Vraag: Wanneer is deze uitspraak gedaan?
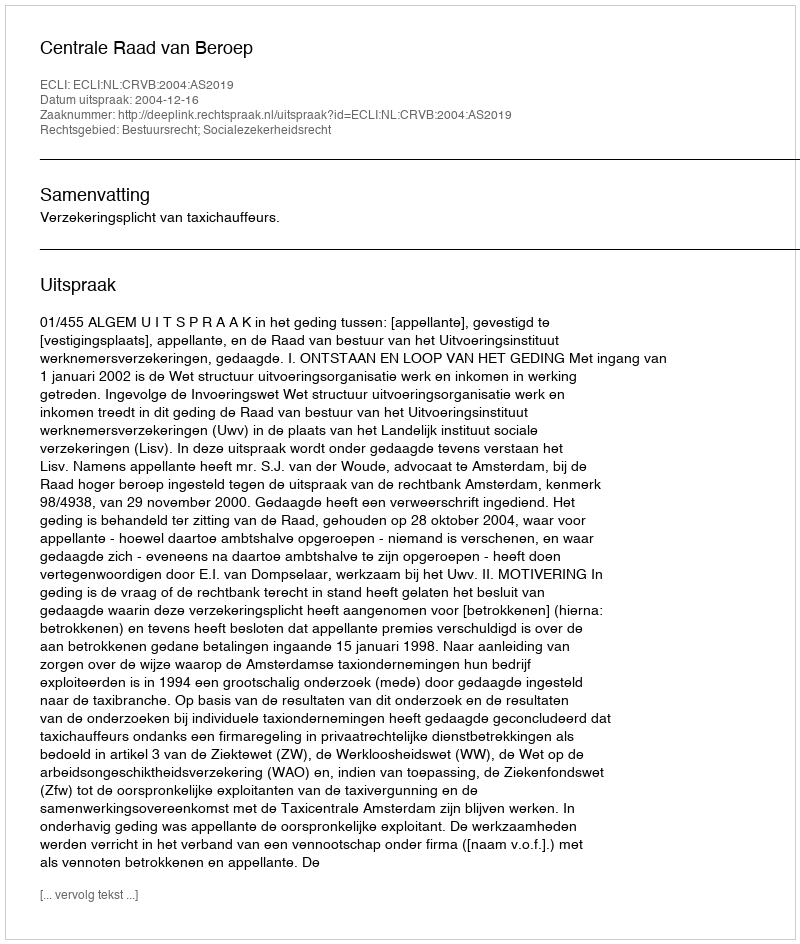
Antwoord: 2004-12-16